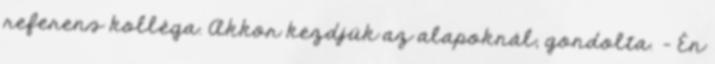
referens kolléga. Akkor kezdjük az alapoknál, gondolta. - Én